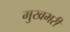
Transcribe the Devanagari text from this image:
मुखभरी